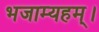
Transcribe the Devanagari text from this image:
भजाम्यहम्।